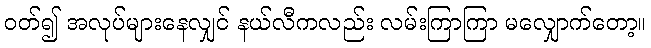
ဝတ်၍ အလုပ်များနေလျှင် နယ်လီကလည်း လမ်းကြာကြာ မလျှောက်တော့။